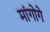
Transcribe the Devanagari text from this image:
मांगोगे